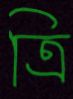
ত্রি